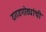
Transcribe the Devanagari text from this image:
दगडगोट्यांची